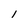
Character: l